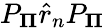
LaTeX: P_{\mathbf\Pi}\hat{r}_{n}P_{\mathbf\Pi}